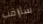
سأراقب